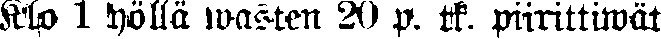
Klo 1 yöllä wasten 20 p. tk. piirittiwät